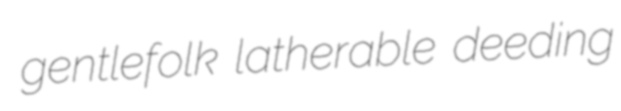
gentlefolk latherable deeding